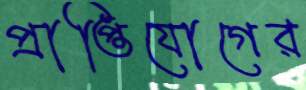
প্রাপ্তিযোগের